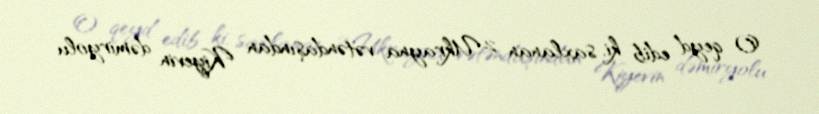
O qeyd edib ki, saxlanan 2 Ukrayna vətəndaşından Kiyevin dəmiryolu